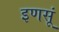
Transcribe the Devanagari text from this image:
इणसूं